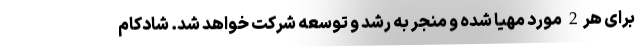
برای هر2 مورد مهیا شده و منجر به رشد و توسعه شرکت خواهد شد. شادکام